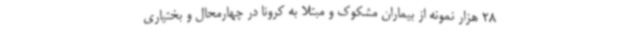
28 هزار نمونه از بیماران مشکوک و مبتلا به کرونا در چهارمحال و بختیاری